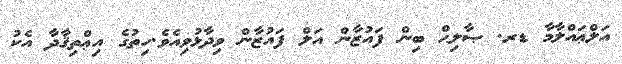
އަލްޢައްލާމާ ޑރ. ޞާލިޙް ބިން ފައުޒާން އަލް ފައުޒާން ވިދާޅުވިއެވެ.ހިތުގެ އިޢްތިޤާދާ އެކު